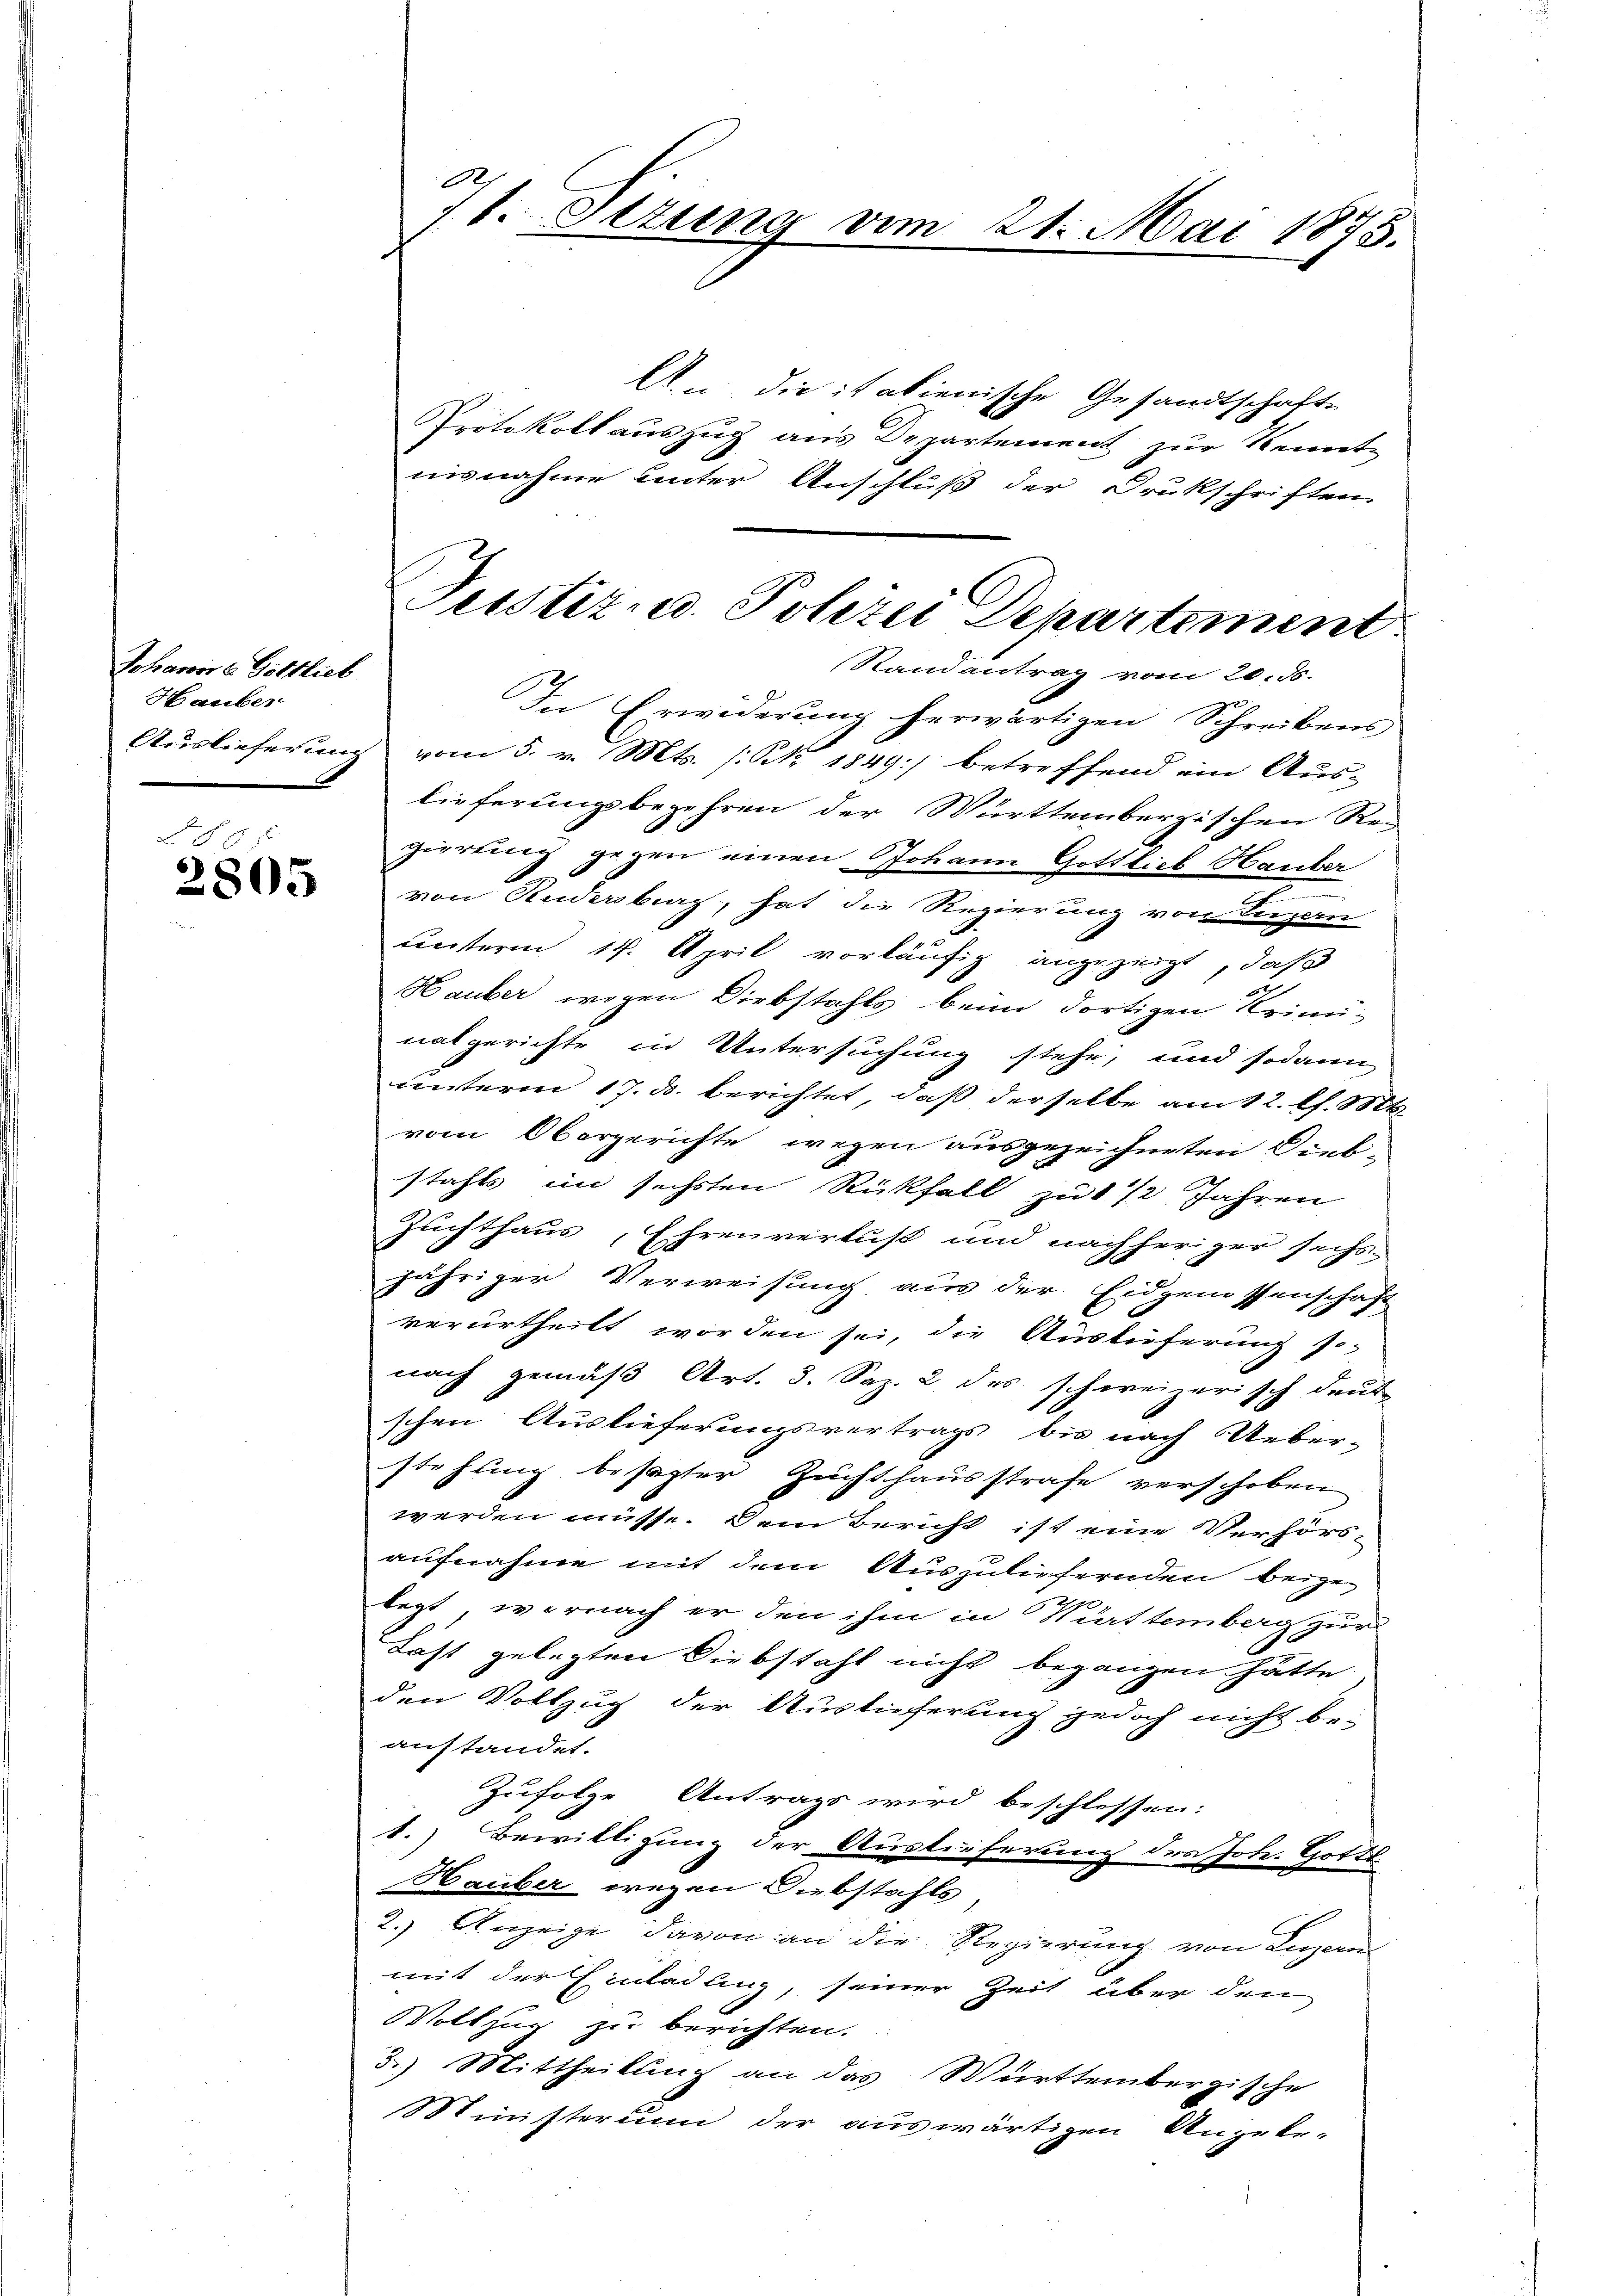
Johannis s. Gottlich
Hauber

§88
2805

A
16. Stzung vom 21. Mai 1873.

A. die italienische Gesandtschaft
Protokoll auszug aus Departement zur Kennte
nisnahme unter Anschluß der Drukschriften
In Erwiderung herwärtigen Schreibens
Auslieferung vom 5. v. Mts. (N. 1849 betreffend ein Aus-
lieferungsbegehren der Württembergischen Rei
ziertung gegen einen Johann Gottlieb Hauber
von Rudersburg, hat die Regierung von Luzern
unterm 14. April vorläufig anzuzeigt, daß
Hauber wegen Diebstahls beim dortigen Krimi-
natgerichte in Untersuchung stehe, und sodann
unterm 17. ds. berichtet, daß derselbe am 12. Ch. St
vom Obergerichte wegen ausgezeichneten Dieb-
stahls in sechsten Rückfall zu 1 1/2 Jahren
Zuchthaus, Ehrenverlust und nachheriger sichen
jähriger Verweisung aus der Eidgenossenschaft
verurtheilt worden sei, die Auslieferung so-
nach gemäß Art. 3. Sep. 2 des schweizerisch deut
schen Auslieferungsvertrags bis nach Ueber-
stehung besagter Zuchthausstrafe verschoben
werden müsse. Dem Bericht ist eine Verhörs-
aufnahme mit dem Auszuliefernden beigelegt, wornach er den ihm in Württemberg zur
Last gelegten Diebstahl nicht begangen hätte
den Vollzug der Auslieferung jedoch nicht be-
anstandet.
Zufolge Antrags wird beschlossen:
1.) Bewilligung der Auslieferung der Joh. Gottl
Hauber wegen Diebstahls,
2.) Anzeige, davon an die Regierung von Luzern
mit der Einladung, seiner Zeit über den
Vollzug zu berichten.
3.) Mittheilung an das Württembergische
Ministerium der auswärtigen Angekr.

Jesstiz u. Polizei Departement
Randantrag vom 20. d.